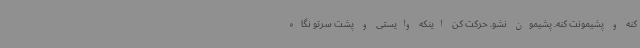
کنه و پشیمونت کنه. پشیمون نشو. حرکت کن اینکه وایستی و پشت سرتو نگاه